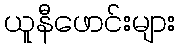
ယူနီဖောင်းများ